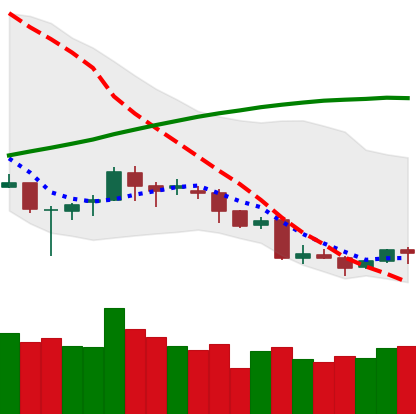
Ticker: LINK-USD
Chart end date: 2018-04-04
Forward return: 7.364%
Label: up_7plus